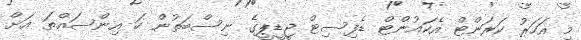
މި އަހަރު ކަރަންޓް އެކައުންޓް ޑެފިސިޓް ޖީޑީޕީގެ ނިސްބަތުން ހަ އިންސައްތަ އަށް